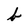
Character: b